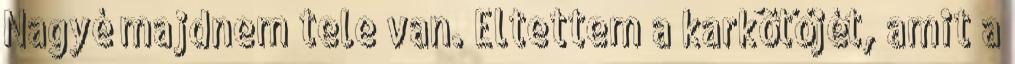
Nagyé majdnem tele van. Eltettem a karkötőjét, amit a